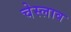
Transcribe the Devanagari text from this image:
चेस्लाव